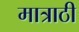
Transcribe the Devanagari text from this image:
मात्राठी